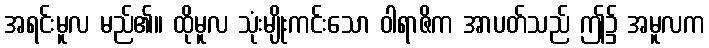
အရင်းမူလ မည်၏။ ထိုမူလ သုံးမျိုးကင်းသော ဝါရာဇိက အာပတ်သည် ဤ၌ အမူလက